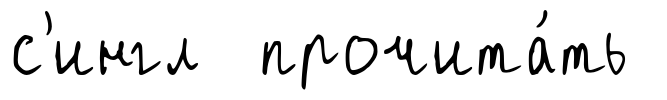
с'ингл прочита́ть